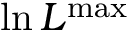
\ln { \cal L } ^ { \mathrm { m a x } }